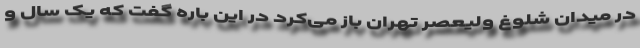
در میدان شلوغ ولیعصر تهران باز می‌کرد در این باره گفت که یک سال و